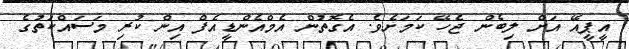
އީޕީއޭ އަށް ލިބެން ޖެހޭ ކަމަށެވެ. އެގޮތުން އެމްއެންޑީއެފް އިން ކުރި މަސައްކަތުގެ